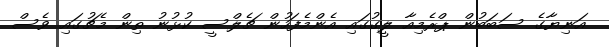
އަނިޔާގެ ސަބަބުން ޕްރެމިއާ ލީގުގައި އެންމެފަހުން ޗެލްސީ ކުޅުނު ތިން މެޗުގައި ވެސް